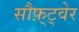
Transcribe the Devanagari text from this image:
सौफ़्ट्वेर